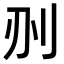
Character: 𠛂